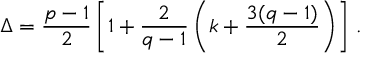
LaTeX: \Delta = { \frac { p - 1 } { 2 } } \left[ 1 + { \frac { 2 } { q - 1 } } \left( k + { \frac { 3 ( q - 1 ) } { 2 } } \right) \right] \, .